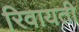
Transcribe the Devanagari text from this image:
रिवायती